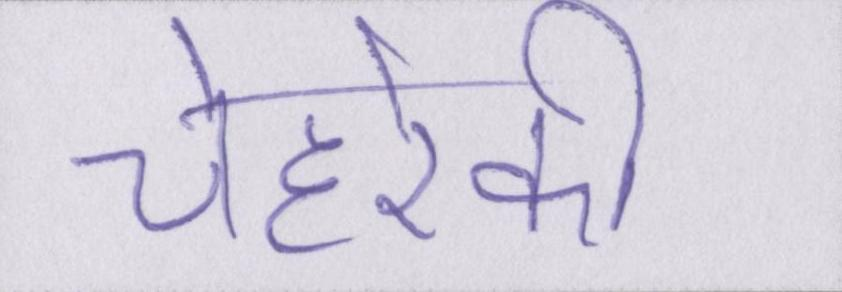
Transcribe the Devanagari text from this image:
चेहरेकी